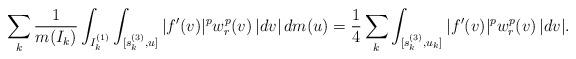
LaTeX: \begin{align*}\sum_k \frac{1}{m(I_k)}\int_{I_k^{(1)}}\int_{[s_k^{(3)},u]}|f'(v)|^p w_r^p(v)\,|dv|\,dm(u)=\frac{1}{4}\sum_k\int_{[s_k^{(3)},u_k]}|f'(v)|^p w_r^p(v)\,|dv|.\end{align*}